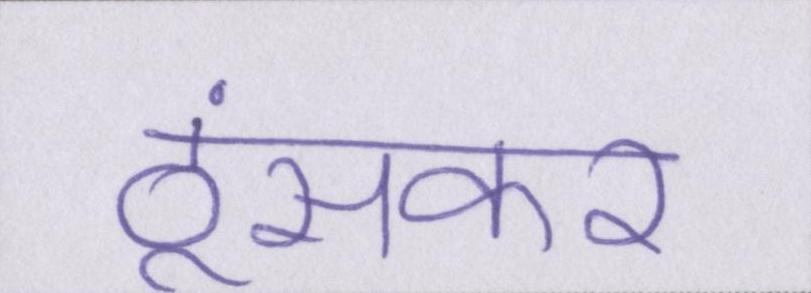
ठूंसकर